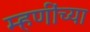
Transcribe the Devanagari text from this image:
म्हणींच्या